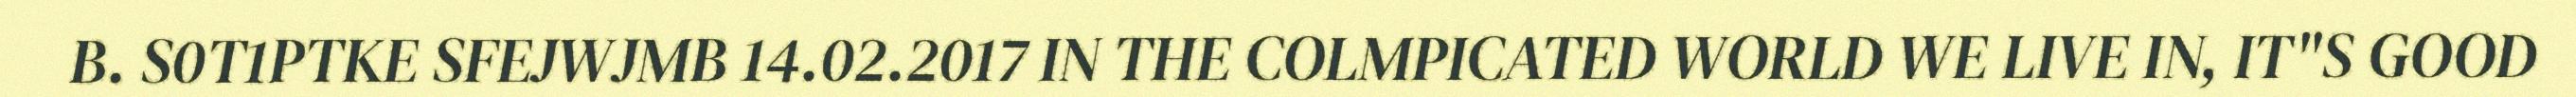
B. S0T1PTKE SFEJWJMB 14.02.2017 IN THE COLMPICATED WORLD WE LIVE IN, IT"S GOOD